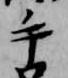
手